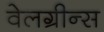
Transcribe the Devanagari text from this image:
वेलग्रीन्स